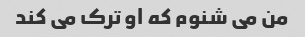
من می شنوم که او ترک می کند